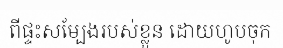
ពីផ្ទះសម្បែងរបស់ខ្លួន ដោយហូបចុក